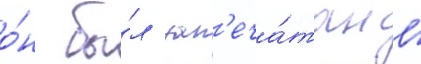
о́н бы́л зап'еча́тан в